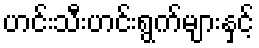
ဟင်းသီးဟင်းရွက်များနှင့်